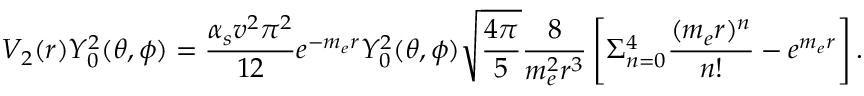
V _ { 2 } ( r ) Y _ { 0 } ^ { 2 } ( \theta , \phi ) = { { \frac { \alpha _ { s } v ^ { 2 } \pi ^ { 2 } } { 1 2 } } e ^ { - m _ { e } r } Y _ { 0 } ^ { 2 } ( \theta , \phi ) \sqrt { \frac { 4 \pi } { 5 } } { \frac { 8 } { m _ { e } ^ { 2 } r ^ { 3 } } } \left[ \Sigma _ { n = 0 } ^ { 4 } { \frac { ( m _ { e } r ) ^ { n } } { n ! } } - e ^ { m _ { e } r } \right] } \, .